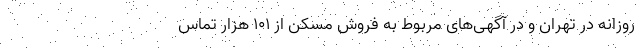
روزانه در تهران و در آگهی‌های مربوط به فروش مسکن از ۱۰۱ هزار تماس